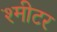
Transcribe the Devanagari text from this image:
श्मीटर